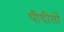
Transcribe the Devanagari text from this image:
पीदीतों